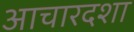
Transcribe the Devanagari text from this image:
आचारदशा